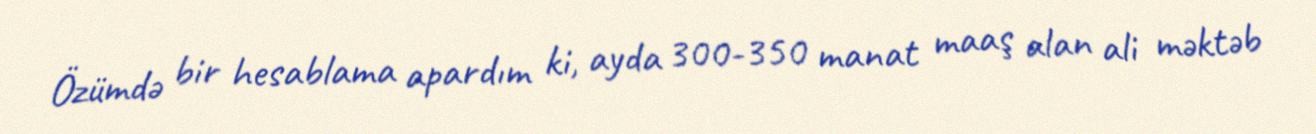
Özümdə bir hesablama apardım ki, ayda 300-350 manat maaş alan ali məktəb